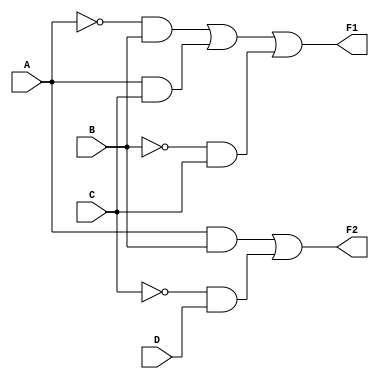
module CombLogicBlock (
    input wire A,
    input wire B,
    input wire C,
    input wire D,
    output wire F1,
    output wire F2
);

// Intermediate signals
wire AB;          // A AND B
wire AC;          // A AND C
wire BC;          // B AND C
wire AD;          // A AND D
wire notA;        // NOT A
wire notB;        // NOT B
wire notC;        // NOT C

// Simplified Logic Functions
// F1 = A'B + AC + B'C
assign notA = ~A;
assign notB = ~B;
assign notC = ~C;

assign AB = A & B;         // A AND B
assign AC = A & C;         // A AND C
assign BC = B & C;         // B AND C
assign AD = A & D;         // A AND D

// Output F1 using common sub-expressions
assign F1 = (notA & B) | AC | (notB & C); // F1 = A'B + AC + B'C

// Output F2 using shared sub-expressions
assign F2 = AB | (notC & D); // F2 = AB + C'D

endmodule